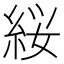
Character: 䋝